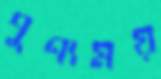
পুণ্যময়